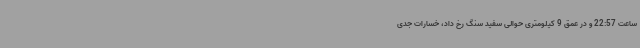
ساعت 22:57 و در عمق 9 کیلومتری حوالی سفید سنگ رخ داد، خسارات جدی